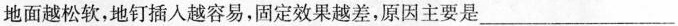
地面越松软，地钉插人越容易，固定效果越差，原因主要是___。